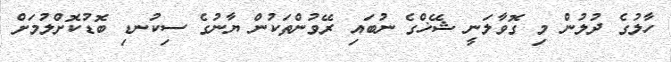
ހާލުގެ ދުލުން މި ގޮވާލަނީ ޝޭޚްގެ ނުބައި ރޭވުންތަކުން ޔާނުގެ ސިކުނޑި ބޮޑުކޮށްލުމަށް